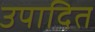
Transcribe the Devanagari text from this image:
उपादित